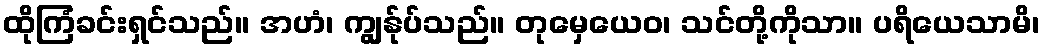
ထိုကြံခင်းရှင်သည်။ အဟံ၊ ကျွန်ုပ်သည်။ တုမှေယေဝ၊ သင်တို့ကိုသာ။ ပရိယေသာမိ၊